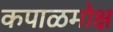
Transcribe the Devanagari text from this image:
कपाळमोक्ष